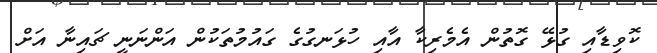
ކޮވިޑާއި ގުޅޭ ގޮތުން އެމެރިކާ އާއި ހުޅަނގުގެ ގައުމުތަކުން އަންނަނީ ޗައިނާ އަށް